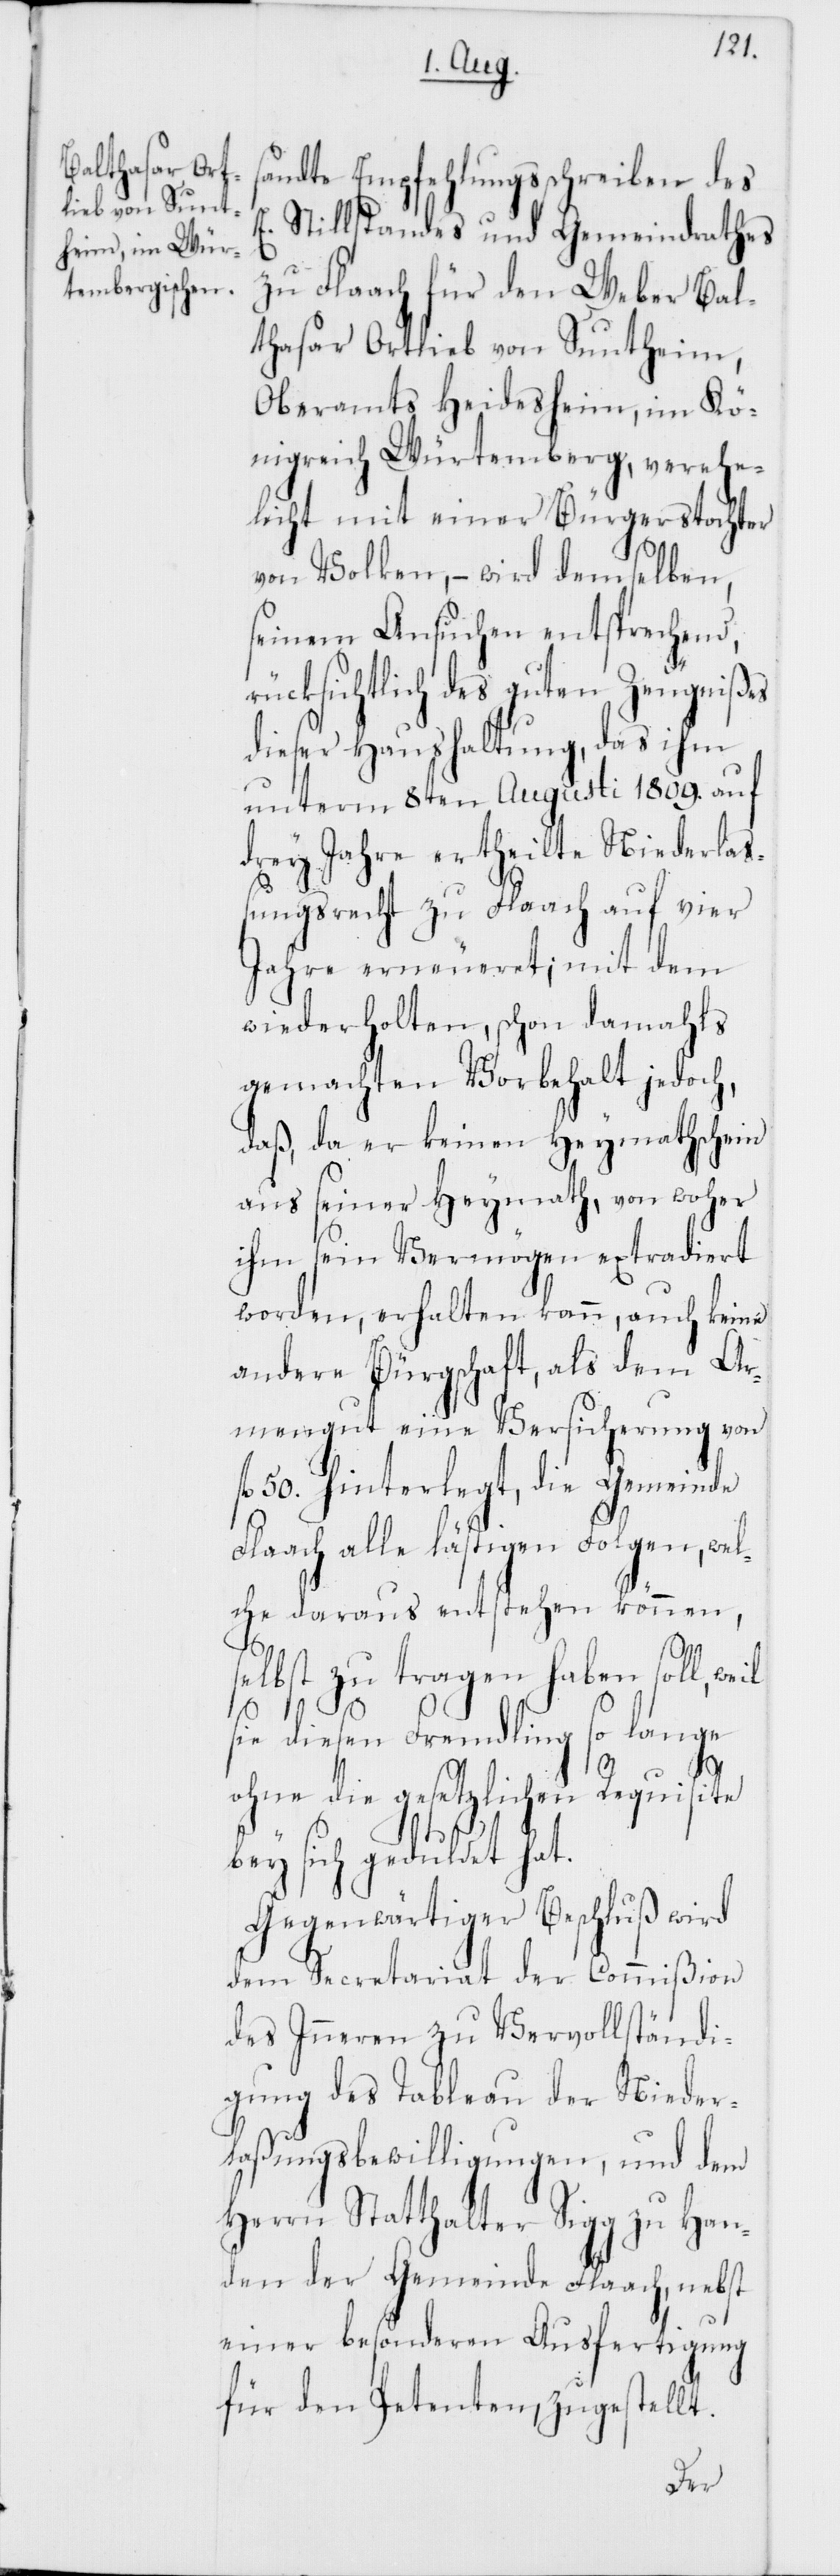
andte Empfehlungsschreiben des
E. Stillstandes und Gemeindrathes
zu Flaach für den Weber Bal¬
thasar Ortlieb von Suntheim,
Oberamts Heidesheim im Kö¬
nigreich Würtemberg, verehe¬
licht mit einer Bürgerstochter
von Volken, – wird demselben,
seinem Ansuchen entsprechend,
rücksichtlich des guten Zeugnißes
dieser Haushaltung, das ihm
unterm 8ten Augusti 1809. auf
drey Jahre ertheilte Niederlaß¬
ungsrecht zu Flaach auf vier
Jahre erneueret; mit dem
wiederholten, schon damahls
gemachten Vorbehalt jedoch,
daß da er keinen Heymathschein
aus seiner Heymath, von woher
s¬
ihm sein Vermögen extradiert
worden, erhalten kann, auch keine
andere Bürgschaft, als dem Ar¬
mengut eine Versicherung von
fl. 50. hinterlegt, die Gemeinde
Flaach alle lästigen Folgen, wel¬
che daraus entstehen können,
selbst zu tragen haben soll, weil
sie diesen Fremdling so lange
ohne die gesetzlichen Requisite
bey sich geduldet hat.
Gegenwärtiger Beschluß wird
dem Secretariat der Commißion
des Inneren zu Vervollständi¬
gung des Tableau der Nieder¬
laßungsbewilligungen, und dem
Herrn Statthalter Sigg zu Han¬
den der Gemeinde Flaach, nebst
einer besonderen Ausfertigung
für den Petenten, zugestellt.